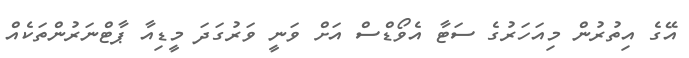
އޭގެ އިތުރުން މިއަހަރުގެ ސަޓާ އެވޯޑްސް އަށް ވަނީ ވަރުގަދަ މީޑިއާ ޕާޓްނަރުންތަކެއް